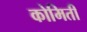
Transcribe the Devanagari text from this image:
कोमिती